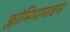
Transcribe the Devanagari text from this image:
क्लॉमिप्रामाइन